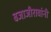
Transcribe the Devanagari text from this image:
बजाजीरावांनी